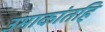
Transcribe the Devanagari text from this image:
उमाकांतहि